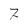
Character: 7